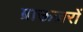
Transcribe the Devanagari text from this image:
ब्राऊज़रों